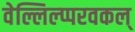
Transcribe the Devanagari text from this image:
वेल्लिल्प्परवकल्